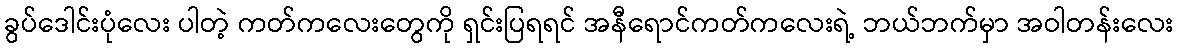
ခွပ်ဒေါင်းပုံလေး ပါတဲ့ ကတ်ကလေးတွေကို ရှင်းပြရရင် အနီရောင်ကတ်ကလေးရဲ့ ဘယ်ဘက်မှာ အဝါတန်းလေး